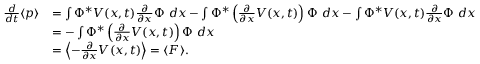
{ \begin{array} { r l } { { \frac { d } { d t } } \langle p \rangle } & { = \int \Phi ^ { * } V ( x , t ) { \frac { \partial } { \partial x } } \Phi ~ d x - \int \Phi ^ { * } \left( { \frac { \partial } { \partial x } } V ( x , t ) \right) \Phi ~ d x - \int \Phi ^ { * } V ( x , t ) { \frac { \partial } { \partial x } } \Phi ~ d x } \\ & { = - \int \Phi ^ { * } \left( { \frac { \partial } { \partial x } } V ( x , t ) \right) \Phi ~ d x } \\ & { = \left\langle - { \frac { \partial } { \partial x } } V ( x , t ) \right\rangle = \langle F \rangle . } \end{array} }